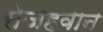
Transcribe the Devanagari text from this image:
सेजहवान